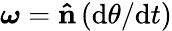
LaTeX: {\boldsymbol{\omega}}=\mathbf{\hat{n}}\left(\mathrm{d}\theta/\mathrm{d}t\right)